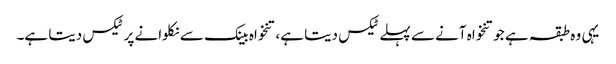
یہی وہ طبقہ ہے جو تنخواہ آنے سے پہلے ٹیکس دیتا ہے، تنخواہ بینک سے نکلوانے پر ٹیکس دیتا ہے۔